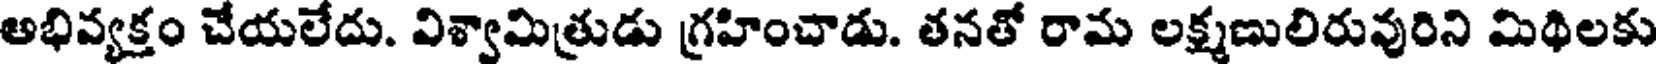
అభివ్యక్తం చేయలేదు. విశ్వామిత్రుడు గ్రహించాడు. తనతో రామ లక్ష్మణులిరువురిని మిథిలకు